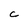
Character: T